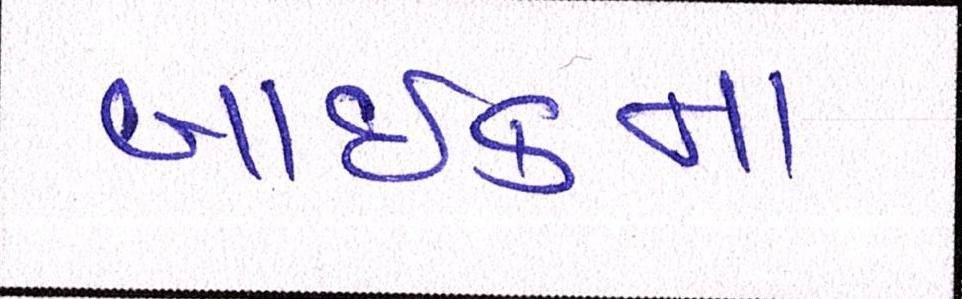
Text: બાઈકના